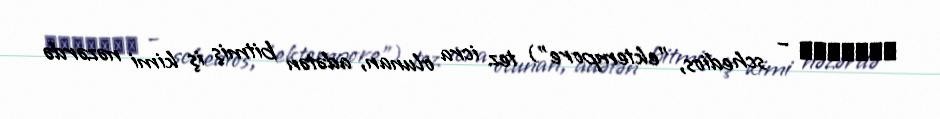
σχέδιος – schedios, "ektempore") tez icra olunan, adətən bitmiş iş kimi nəzərdə